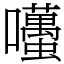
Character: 囆